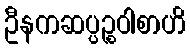
ဦနကဆပ္ပဉ္စဝါစာဟိ